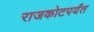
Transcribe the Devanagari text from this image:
राजकोटपर्यंत